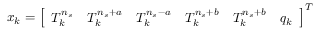
x _ { k } = \left[ \begin{array} { l l l l l l } { T _ { k } ^ { n _ { s } } } & { T _ { k } ^ { n _ { s } + a } } & { T _ { k } ^ { n _ { s } - a } } & { T _ { k } ^ { n _ { s } + b } } & { T _ { k } ^ { n _ { s } + b } } & { q _ { k } } \end{array} \right] ^ { T }